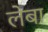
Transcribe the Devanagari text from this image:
लेबा